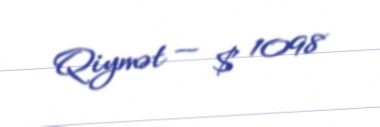
Qiymət — $ 1098